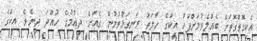
އެކިގޮތްގޮތަށް ބެއްލެވުމަށްފަހު އީކްގެ ހާލަތު ރަނގަޅުވުމުން ގެއަށް ދިއުމުގެ ހުއްދަ ދިނެވެ. އީކްގެ